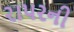
રાપરની